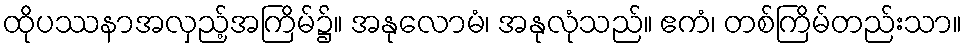
ထိုပဿနာအလှည့်အကြိမ်၌။ အနုလောမံ၊ အနုလုံသည်။ ဧကံ၊ တစ်ကြိမ်တည်းသာ။